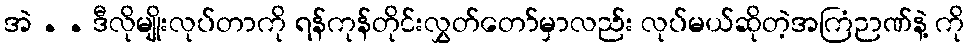
အဲ . . ဒီလိုမျိုးလုပ်တာကို ရန်ကုန်တိုင်းလွှတ်တော်မှာလည်း လုပ်မယ်ဆိုတဲ့အကြံဉာဏ်နဲ့ ကို